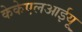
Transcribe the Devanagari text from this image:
केकेएलआईयू